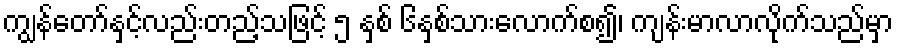
ကျွန်တော်နှင့်လည်းတည့်သဖြင့် ၅ နှစ် ၆နှစ်သားလောက်စ၍၊ ကျန်းမာလာလိုက်သည်မှာ